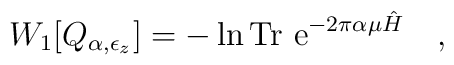
W_1[Q_{\alpha,\epsilon_z}]=-\ln \mbox{Tr e}^{-2\pi\alpha\mu\hat{H}}~~~,